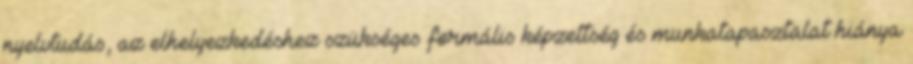
nyelvtudás, az elhelyezkedéshez szükséges formális képzettség és munkatapasztalat hiánya